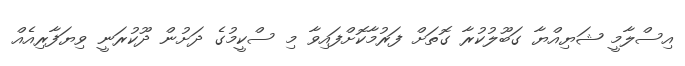
އިސްލާމީ ޝަޔިއްޔާ ގަބޫލުކުރާ ގޮތަށް ފަރުމާކޮށްފައިވާ މި ސްކީމުގެ ދަށުން ދޫކުރަނީ ވިޔަފާރިއެއް